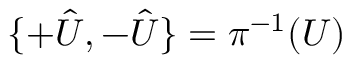
\{ + \hat { U } , - \hat { U } \} = \pi ^ { - 1 } ( U )